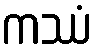
ကဿံ